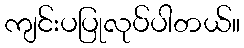
ကျင်းပပြုလုပ်ပါတယ်။